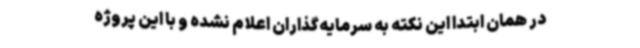
در همان ابتدا این نکته به سرمایه‌گذاران اعلام نشده و با این پروژه